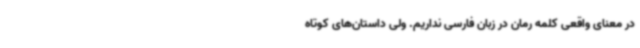
در معنای واقعی کلمه رمان در زبان فارسی نداریم. ولی داستان‌های کوتاه